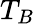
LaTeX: T_{B}